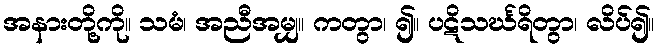
အနားတို့ကို။ သမံ၊ အညီအမျှ။ ကတွာ၊ ၍။ ပဋိသင်္ဃရိတွာ၊ လိပ်၍။